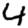
Digit: 4